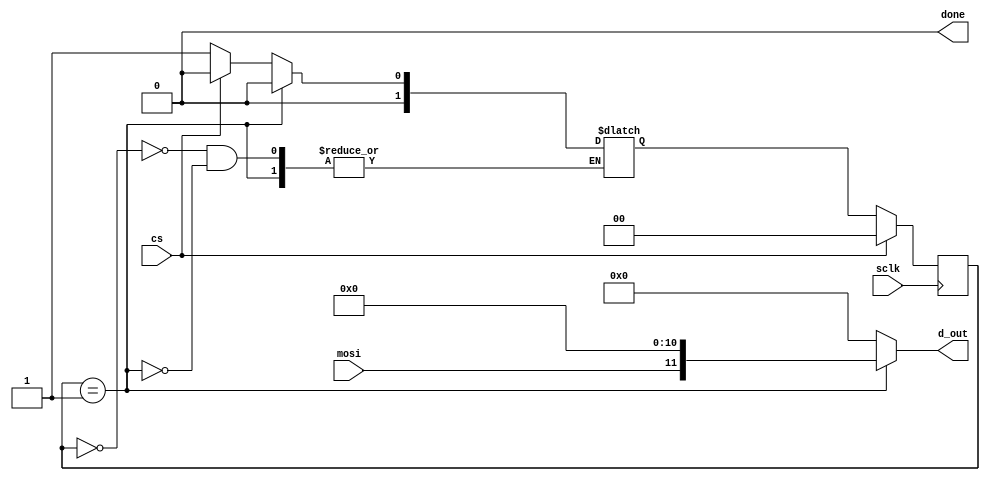
`timescale 1ns/1ps
module spi_slave(cs, mosi, sclk, d_out, done
);

input cs, mosi, sclk;
output reg done;
output  [11:0]d_out;

reg [1:0] present_state;
reg [1:0] next_state;
reg [3:0] count_bit;
reg [11:0] temp;

parameter DETECT_START = 2'b00;
parameter READ_DATA = 2'b01;

//we will make twow states here 1. Detect start state 2. Read the data
//once all the 12 bits are read we will move the FSM back to IDLE state i.e. Detect start stae 
//and then transfer the value of the temp to dout
always @ (posedge sclk)begin
    if (cs == 1'b1)begin
        present_state <= DETECT_START;

    end
    else begin 
        present_state <= next_state;
    end
end

always @ (*) begin
        count_bit = 'd0;
        temp = 0;//added for initial condition cs as rst
         done = 1'b0;
    case (present_state)
        DETECT_START: begin
        done<= 1'b0;
            if (cs == 1'b0) begin
                next_state = READ_DATA;
            end
            else begin
                next_state = DETECT_START;
            end     
        end
        READ_DATA: begin
            if (count_bit <= 11)begin
                count_bit = count_bit + 1'b1;
                temp = {mosi, temp[11:1]};
            end
            else begin
                count_bit = 'd0;
                done = 1'b1;
                next_state = DETECT_START;
            end
        end
    endcase
    
end
assign d_out = temp;

endmodule